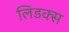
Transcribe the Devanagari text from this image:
लिडक्स